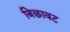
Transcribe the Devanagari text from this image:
बिछावट